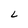
Character: L